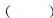
（）